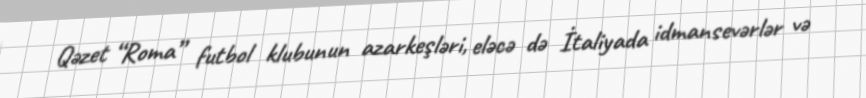
Qəzet “Roma” futbol klubunun azarkeşləri, eləcə də İtaliyada idmansevərlər və